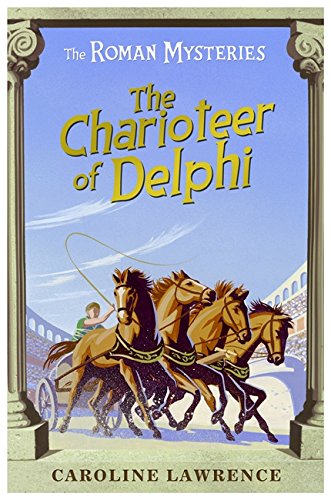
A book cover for The Charioteer of Delphi (The Roman Mysteries); Caroline Lawrence; Teen & Young Adult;